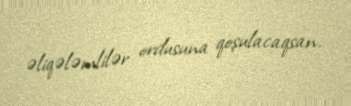
əliqələmlilər ordusuna qoşulacaqsan.